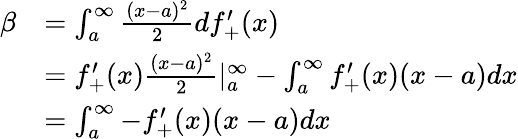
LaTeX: \begin{array}{rl}{\beta}&{=\int_{a}^{\infty}\frac{(x-a)^{2}}{2}df_{+}^{\prime}(x)}\\ &{=f_{+}^{\prime}(x)\frac{(x-a)^{2}}{2}|_{a}^{\infty}-\int_{a}^{\infty}f_{+}^{\prime}(x)(x-a)dx}\\ &{=\int_{a}^{\infty}-f_{+}^{\prime}(x)(x-a)dx}\end{array}